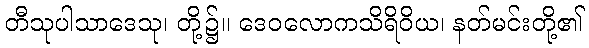
တီသုပါသာဒေသု၊ တို့၌။ ဒေဝလောကသိရိဝိယ၊ နတ်မင်းတို့၏